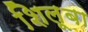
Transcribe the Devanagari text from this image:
शिलूबा